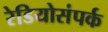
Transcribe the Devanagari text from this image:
रेडियोसंपर्क